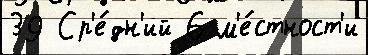
39 Ср'е́дн'ий 6 м'е́стност'и